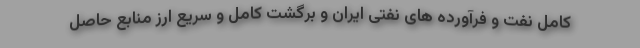
کامل نفت و فرآورده های نفتی ایران و برگشت کامل و سریع ارز منابع حاصل